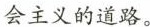
会主义的道路。